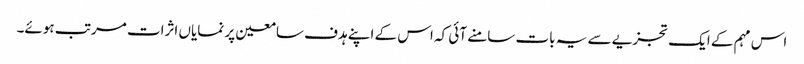
اس مہم کے ایک تجزیے سے یہ بات سامنے آئی کہ اس کے اپنے ہدف سامعین پر نمایاں اثرات مرتب ہوئے۔